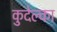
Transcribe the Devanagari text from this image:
कुदेल्का